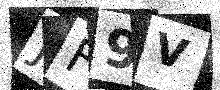
Text: JF9V